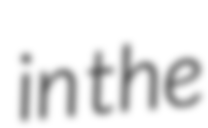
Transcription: in the